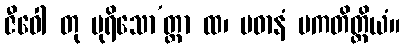
ဇီဝေါ တု ပုရိသော’တ္တာ ထ၊ ပဓာနံ ပကတိတ္ထိယံ။